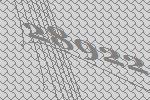
28922